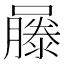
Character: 𡂾